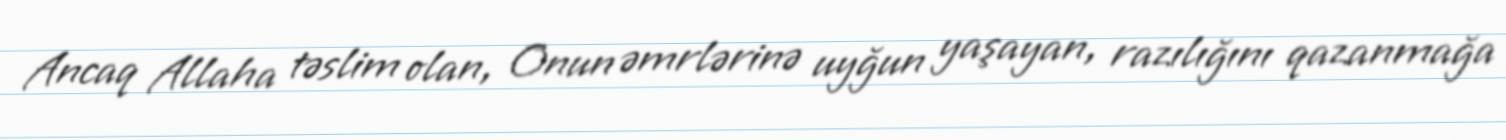
Ancaq Allaha təslim olan, Onun əmrlərinə uyğun yaşayan, razılığını qazanmağa